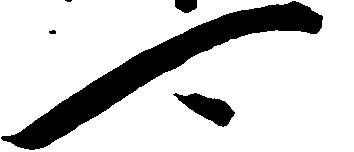
可